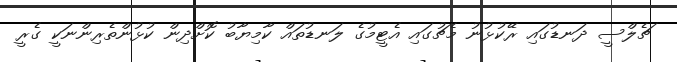
ޗެލްސީ ދަނޑުގައި ރޭކުޅުނު މެޗުގައި އެޓީމުގެ ލަނޑުތައް ކާމިޔާބު ކޮށްދިން ކުޅުންތެރިންނަކީ ގެރީ